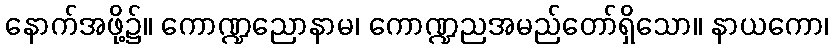
နောက်အဖို့၌။ ကောဏ္ဍညောနာမ၊ ကောဏ္ဍညအမည်တော်ရှိသော။ နာယကော၊